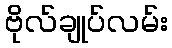
ဗိုလ်ချုပ်လမ်း